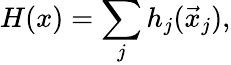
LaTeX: H(x)=\sum_{j}h_{j}(\vec{x}_{j}),